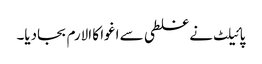
پائیلٹ نے غلطی سے اغوا کا الارم بجادیا۔